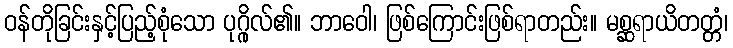
ဝန်တိုခြင်းနှင့်ပြည့်စုံသော ပုဂ္ဂိုလ်၏။ ဘာဝေါ၊ ဖြစ်ကြောင်းဖြစ်ရာတည်း။ မစ္ဆရာယိတတ္တံ၊